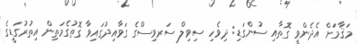
މަޤާމަށް އެދެންވީ ގޮތާއި ސުންގަޑި: ދިވެހި ސިވިލް ސަރވިސްގެ ގަވާއިދުގައިވާ ގޮތުގެމަތިން އިތުރުގަޑީގެ